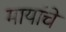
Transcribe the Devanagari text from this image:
मायांचे